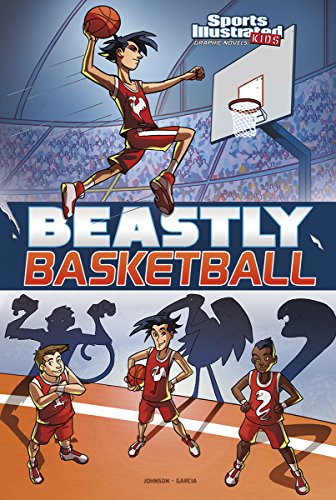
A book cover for Beastly Basketball (Sports Illustrated Kids Graphic Novels); Lauren Johnson; Children's Books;